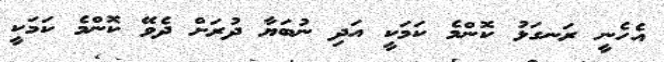
އެހެނީ ރަނގަޅު ކޮންމެ ކަމަކީ އަދި ނުބަޔާ ދުރަށް ދެވޭ ކޮންމެ ކަމަކީ